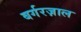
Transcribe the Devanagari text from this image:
बर्गरज़ाल